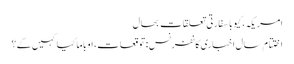
امریکہ، کیوبا سفارتی تعلقات بحال
اختتام سال اخباری کانفرنس: توقعات، اوباما کیا کہیں گے؟